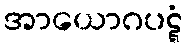
အာယောဂပဋ္ဋံ